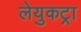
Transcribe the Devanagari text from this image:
लेयुकट्रा